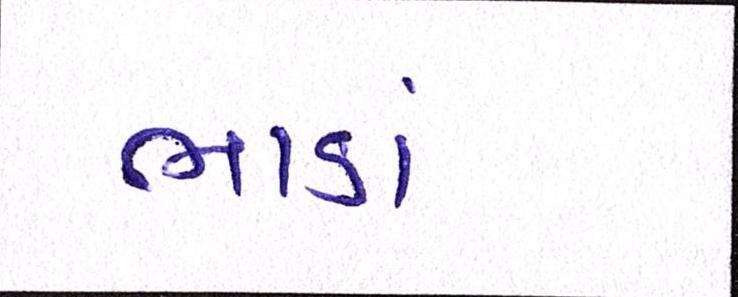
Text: ભાડાં